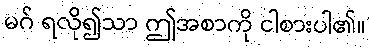
မဂ် ရလို၍သာ ဤအစာကို ငါစားပါ၏။